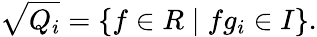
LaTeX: {\sqrt{Q_{i}}}=\{ f\in R\mid fg_{i}\in I\} .